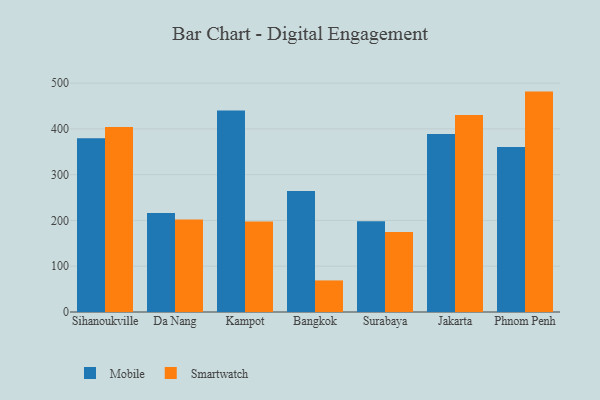
{"axis": {"x": "City", "y": "Waste Production (Tons)"}, "legend": ["Mobile", "Smartwatch"], "data": [{"x": "Sihanoukville", "y": 379.4, "type": "Mobile"}, {"x": "Sihanoukville", "y": 404.1, "type": "Smartwatch"}, {"x": "Da Nang", "y": 216.1, "type": "Mobile"}, {"x": "Da Nang", "y": 201.9, "type": "Smartwatch"}, {"x": "Kampot", "y": 440.2, "type": "Mobile"}, {"x": "Kampot", "y": 197.5, "type": "Smartwatch"}, {"x": "Bangkok", "y": 264.4, "type": "Mobile"}, {"x": "Bangkok", "y": 69.0, "type": "Smartwatch"}, {"x": "Surabaya", "y": 198.2, "type": "Mobile"}, {"x": "Surabaya", "y": 175.0, "type": "Smartwatch"}, {"x": "Jakarta", "y": 388.9, "type": "Mobile"}, {"x": "Jakarta", "y": 430.1, "type": "Smartwatch"}, {"x": "Phnom Penh", "y": 360.5, "type": "Mobile"}, {"x": "Phnom Penh", "y": 481.4, "type": "Smartwatch"}]}